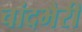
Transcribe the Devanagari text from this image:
चांदभैरी